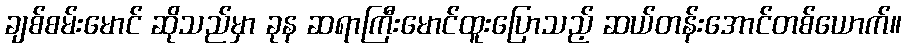
ချစ်စမ်းမောင် ဆိုသည်မှာ ခုန ဆရာကြီးမောင်ထူးပြောသည့် ဆယ်တန်းအောင်တစ်ယောက်။